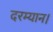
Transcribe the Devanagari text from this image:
दरम्यान।